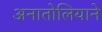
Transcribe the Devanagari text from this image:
अनातोलियाने